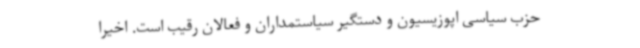
حزب سیاسی اپوزیسیون و دستگیر سیاستمداران و فعالان رقیب است. اخیرا